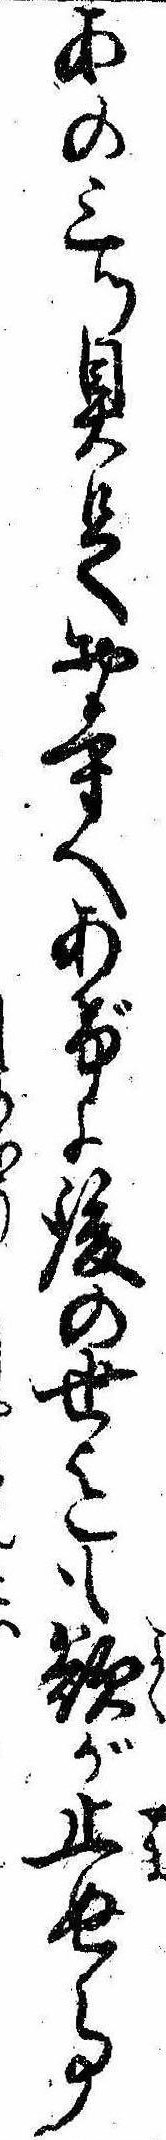
あの三ッ具足お寺へあげよ後の世迄も欲が止ぬ事